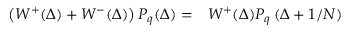
\begin{array} { r l } { \left( W ^ { + } ( \Delta ) + W ^ { - } ( \Delta ) \right) P _ { q } ( \Delta ) = } & { { } W ^ { + } ( \Delta ) P _ { q } \left( \Delta + 1 / N \right) } \end{array}